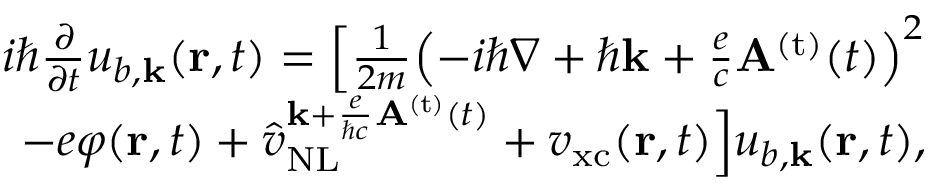
\begin{array} { r } { i \hbar \frac { \partial } { \partial t } u _ { b , { \bf k } } ( { \bf r } , t ) = \Big [ \frac { 1 } { 2 m } { \left( - i \hbar \nabla + \hbar { \bf k } + \frac { e } { c } { \bf A } ^ { \mathrm { ( t ) } } ( t ) \right) } ^ { 2 } } \\ { - e \varphi ( { \bf r } , t ) + \hat { v } _ { \mathrm { N L } } ^ { { { \bf k } + \frac { e } { \hbar c } { \bf A } ^ { \mathrm { ( t ) } } ( t ) } } + { v } _ { \mathrm { x c } } ( { \bf r } , t ) \Big ] u _ { b , { \bf k } } ( { \bf r } , t ) , } \end{array}